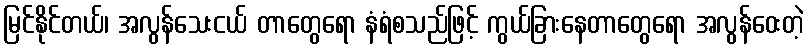
မြင်နိုင်တယ်၊ အလွန်သေးငယ် တာတွေရော နံရံစသည်ဖြင့် ကွယ်ခြားနေတာတွေရော အလွန်ဝေးတဲ့